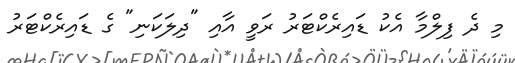
މި ދެ ފިލްމާ އެކު ޑައިރެކްޓަރު ރަވީ އާއި "ދިލަކަނި" ގެ ޑައިރެކްޓަރު